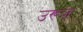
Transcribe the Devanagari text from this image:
उरूज